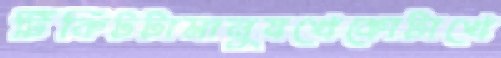
টিকিটটামানুষখেকোটাখে